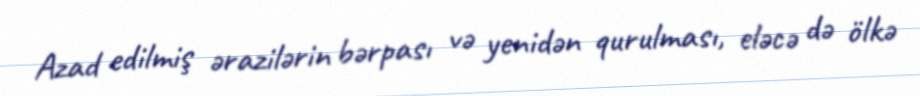
Azad edilmiş ərazilərin bərpası və yenidən qurulması, eləcə də ölkə